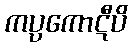
ကပ္ပကောဋီပိ